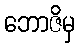
ဘောဇိမှ